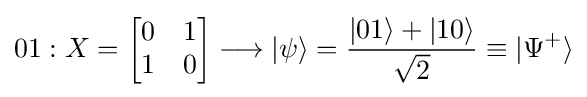
01:X={\begin{bmatrix}0&1\\1&0\end{bmatrix}}\longrightarrow |\psi \rangle ={\frac {|01\rangle +|10\rangle }{\sqrt {2}}}\equiv |{\Psi ^{+}}\rangle